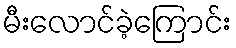
မီးလောင်ခဲ့ကြောင်း